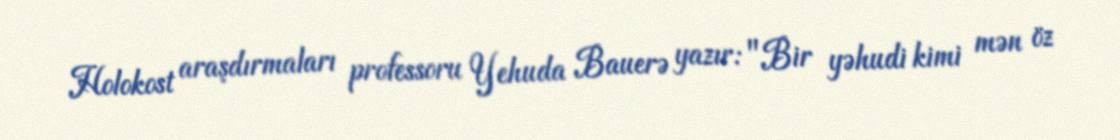
Holokost araşdırmaları professoru Yehuda Bauerə yazır: "Bir yəhudi kimi mən öz